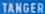
TANGER